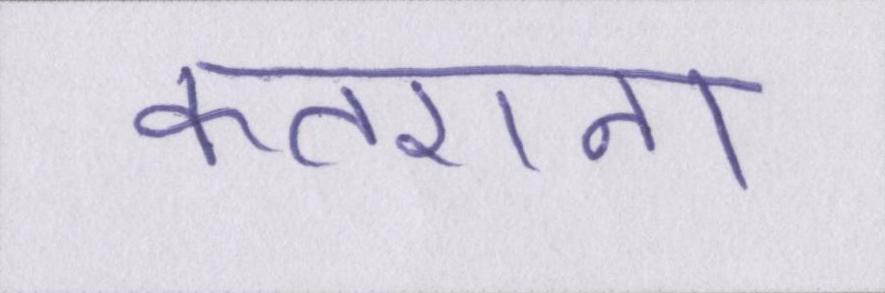
कतराना